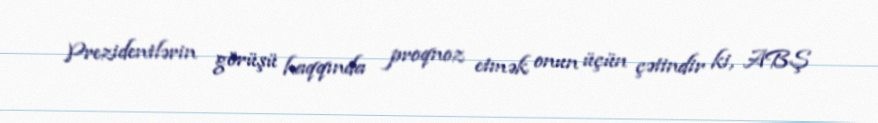
Prezidentlərin görüşü haqqında proqnoz etmək onun üçün çətindir ki, ABŞ